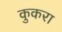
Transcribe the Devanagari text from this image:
कुकरा